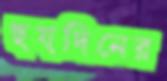
ছয়দিনের